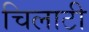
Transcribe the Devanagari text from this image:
चिलाटी